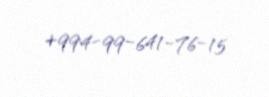
+994-99-641-76-15